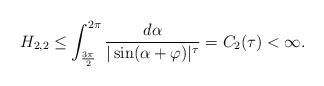
LaTeX: \begin{align*}H_{2,2}\leq\int_{\frac{3\pi}{2}}^{2\pi}\frac{d\alpha}{|\sin(\alpha+\varphi)|^{\tau}}= C_2(\tau)<\infty.\end{align*}